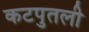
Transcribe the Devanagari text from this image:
कटपुतली